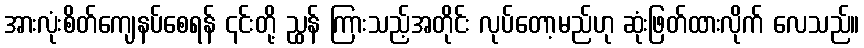
အားလုံးစိတ်ကျေနပ်စေရန် ၎င်းတို့ ညွှန် ကြားသည့်အတိုင်း လုပ်တော့မည်ဟု ဆုံးဖြတ်ထားလိုက် လေသည်။